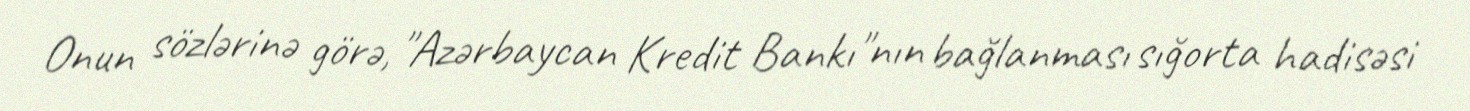
Onun sözlərinə görə, "Azərbaycan Kredit Bankı"nın bağlanması sığorta hadisəsi